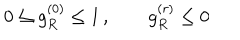
0 \leq g _ { R } ^ { ( 0 ) } \leq 1 \, , \qquad g _ { R } ^ { ( r ) } \leq 0